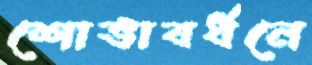
শোভাবর্ধনে